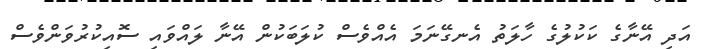
އަދި އޭނާގެ ކަކުލުގެ ހާލަތު އެނގޭނަމަ އެއްވެސް ކުލަބަކުން އޭނާ ލައްވައި ސޮއިކުރުވަންވެސް